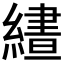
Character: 𮉂